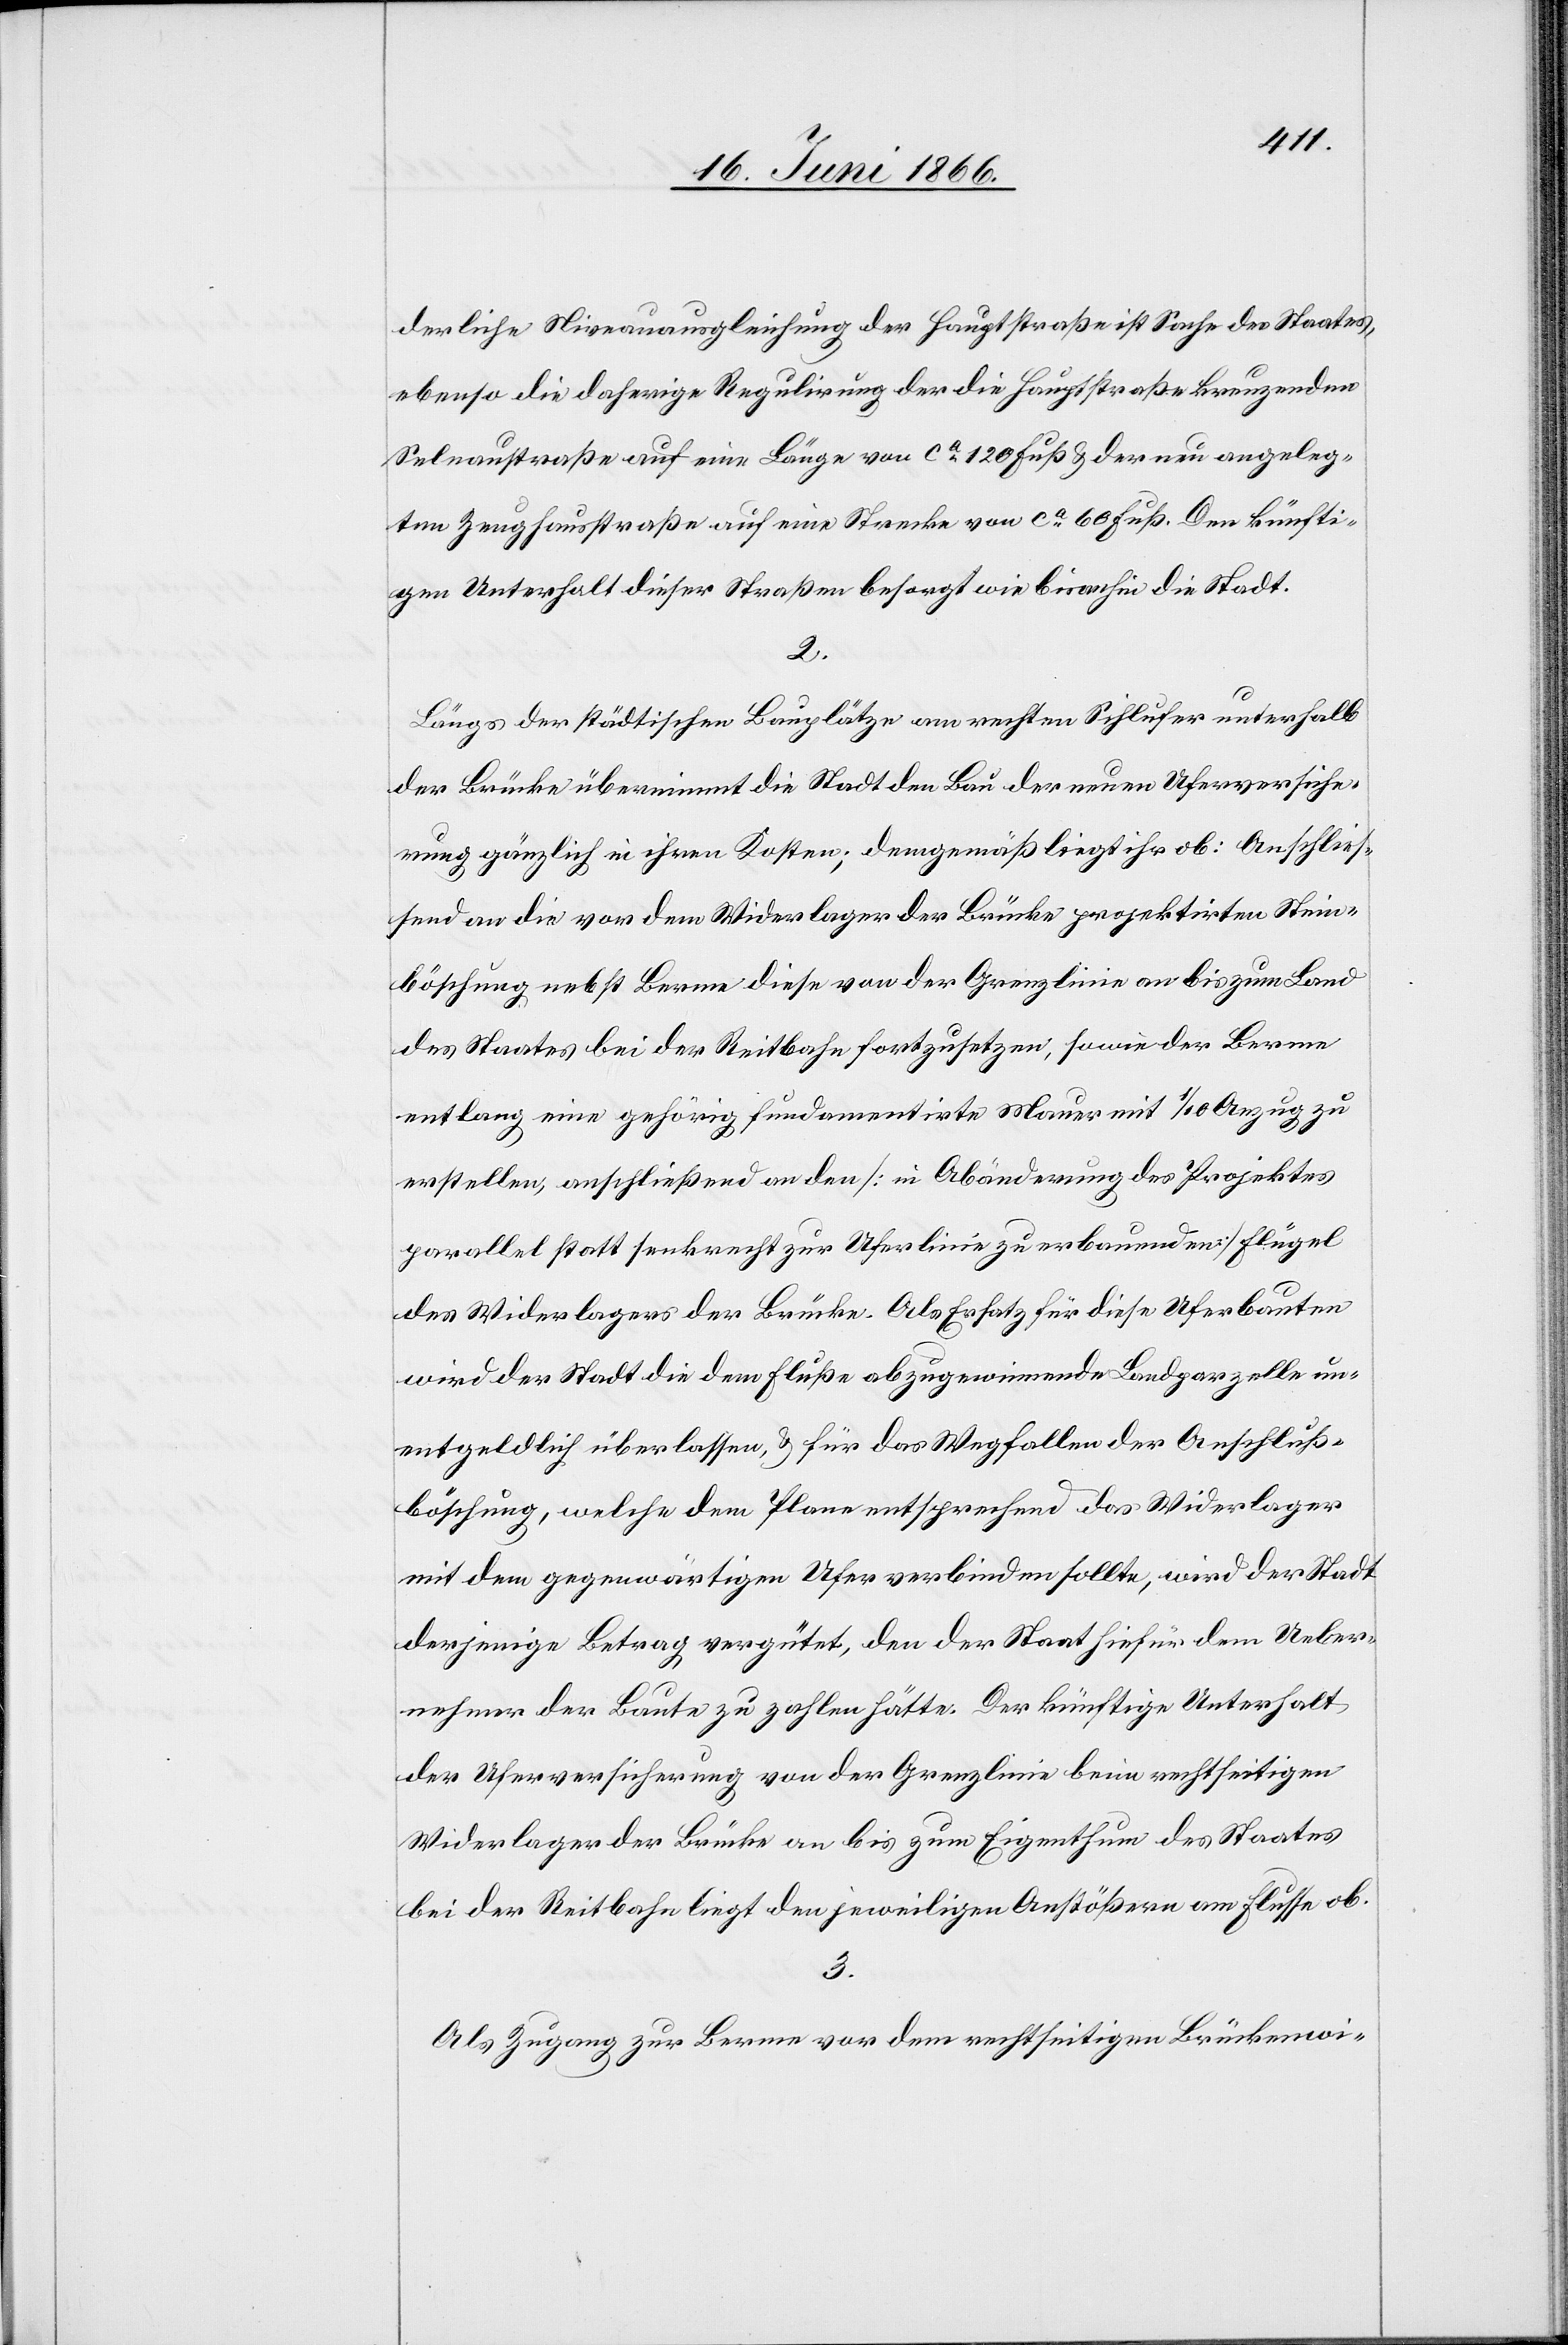
derliche Nieveauausgleichung der Hauptstraße ist Sache des Staates,
ebenso die daherige Regulirung der die Hauptstraße kreuzenden
Selnaustraße auf eine Länge von ca. 120 Fuß u. der neu angeleg¬
ten Zeughausstraße auf eine Strecke von ca. 60 Fuß. Den künfti¬
gen Unterhalt dieser Straßen besorgt wie bisanhin die Stadt.
2.
Längs der städtischen Bauplätze am rechten Sihlufer unterhalb
der Brücke übernimmt die Stadt den Bau der neuen Uferversiche¬
rung gänzlich in ihren Kosten; demgemäß liegt ihr ob: Anschlies¬
send an die vor dem Widerlager der Brücke projektirten Stein¬
böschung nebst Berme diese von der Grenzlinie an bis zum Land
des Staates bei der Reitbahn fortzusetzen, sowie der Berme
entlang eine gehörig fundamentirte Mauer mit 1/10 Anzug zu
erstellen, anschließend an den [in Abänderung des Projektes
parallel statt senkrecht zur Uferlinie zu erbauenden] Flügel
des Widerlagers der Brücke. Als Ersatz für diese Uferbauten
wird der Stadt die dem Fluße abzugewinnende Landparzelle un¬
entgeltlich überlassen, u. für das Wegfallen der Abschluß¬
böschung, welche dem Plane entsprechend das Widerlager
mit dem gegenwärtigen Ufer verbinden sollte, wird der Stadt
derjenige Betrag vergütet, den der Staat hiefür dem Ueber¬
nehmer der Baute zu zahlen hätte. Der künftige Unterhalt
der Uferversicherung von der Grenzlinie beim rechtseitigen
Widerlager der Brücke an bis zum Eigenthum des Staates
bei der Reitbahn liegt den jeweiligen Anstößern am Flusse ob.
3.
Als Zugang zur Berme vor dem rechtseitigen Brückenwi-